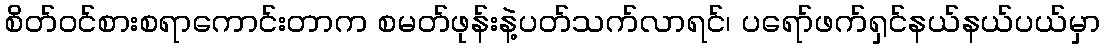
စိတ်ဝင်စားစရာကောင်းတာက စမတ်ဖုန်းနဲ့ပတ်သက်လာရင်၊ ပရော်ဖက်ရှင်နယ်နယ်ပယ်မှာ